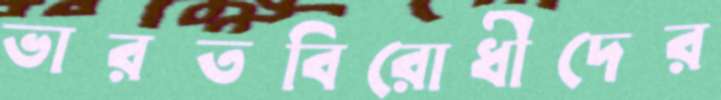
ভারতবিরোধীদের